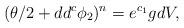
LaTeX: \begin{align*} (\theta/2 + dd^c \phi_2)^n = e^{c_1}gdV, \end{align*}